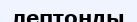
лептонды